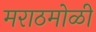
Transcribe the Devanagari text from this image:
मराठमोळी